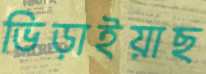
ভিড়াইয়াছ